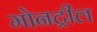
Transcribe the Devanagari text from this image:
मोनट्रील